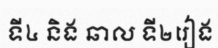
ទី៤ និង ឆាល ទី២រៀង